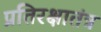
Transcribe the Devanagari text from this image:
प्रतिरक्षातंत्र